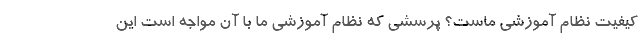
کیفیت نظام آموزشی ماست؟ پرسشی که نظام آموزشی ما با آن مواجه است این